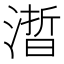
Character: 𰜱